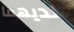
لديهما